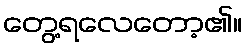
တွေ့ရလေတော့၏။